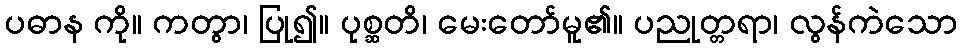
ပဓာန ကို။ ကတွာ၊ ပြု၍။ ပုစ္ဆတိ၊ မေးတော်မူ၏။ ပညုတ္တရာ၊ လွန်ကဲသော